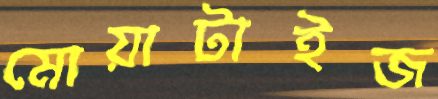
মোয়াটাইজ